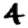
Digit: 4